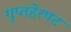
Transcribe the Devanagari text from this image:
गुप्तहेरपट